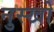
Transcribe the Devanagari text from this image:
नुस्खो